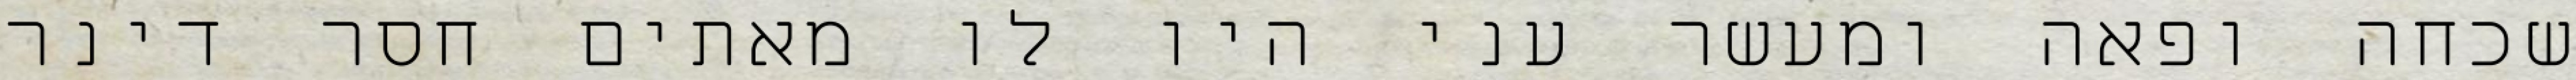
שכחה ופאה ומעשר עני היו לו מאתים חסר דינר